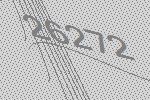
26272